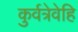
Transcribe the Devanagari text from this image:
कुर्वत्रेवेहि